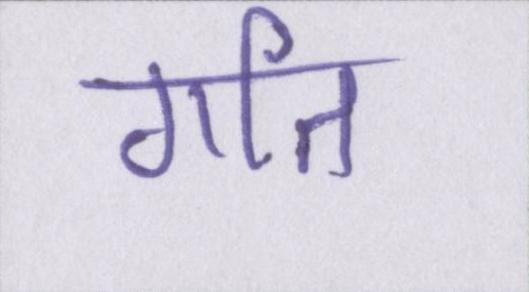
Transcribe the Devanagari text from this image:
गति